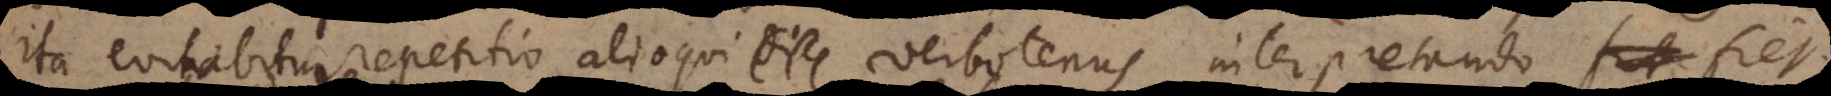
Ita evitabitur repetitio, alioqui verbotenus interpretando fiet: